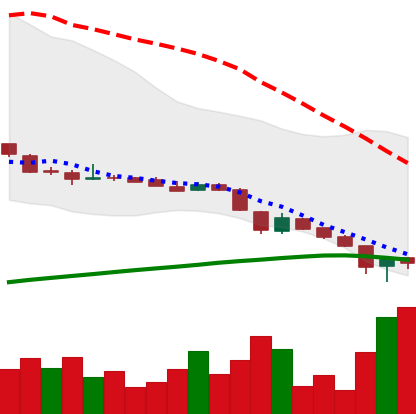
Ticker: DOGE-USD
Chart end date: 2018-11-16
Forward return: -10.852%
Label: down_7plus